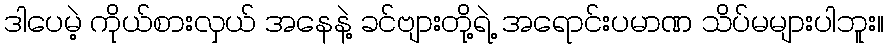
ဒါပေမဲ့ ကိုယ်စားလှယ် အနေနဲ့ ခင်ဗျားတို့ရဲ့ အရောင်းပမာဏ သိပ်မများပါဘူး။